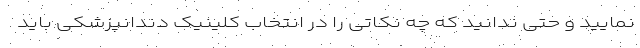
نمایید و حتی ندانید که چه نکاتی را در انتخاب کلینیک دندانپزشکی باید